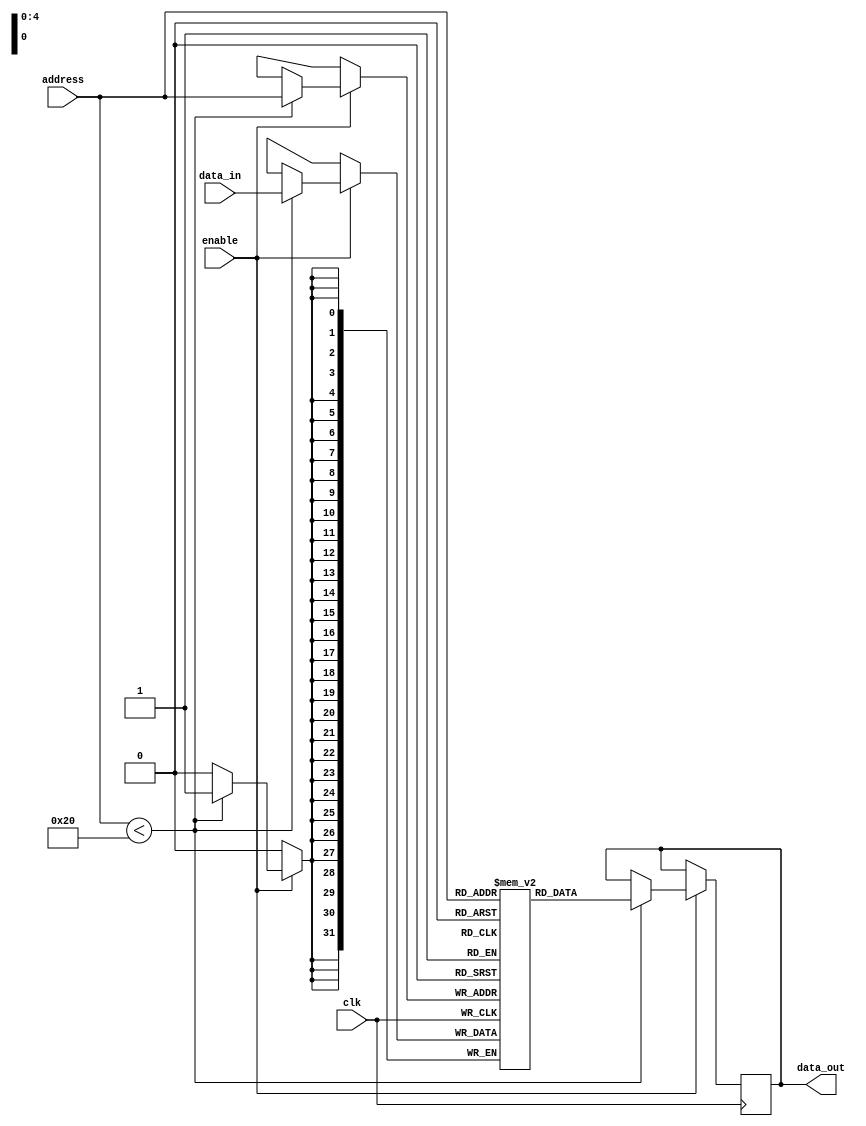
module MemoryBlocksShadowRegisterFile(
    input wire clk,
    input wire enable,
    input wire [4:0] address,
    input wire [31:0] data_in,
    output reg [31:0] data_out
);

reg [31:0] shadow_registers[31:0]; //declare 32 shadow registers
reg [31:0] main_registers[31:0]; //declare 32 main registers

always @(posedge clk) begin
    if(enable) begin
        if(address < 32) begin //check if address is valid
            shadow_registers[address] <= data_in; //write data to shadow register
            main_registers[address] <= data_in; //write data to main register
        end
    end
end

always @(posedge clk) begin
    if(enable) begin
        if(address < 32) begin //check if address is valid
            data_out <= shadow_registers[address]; //read data from shadow register
        end
    end
end

endmodule